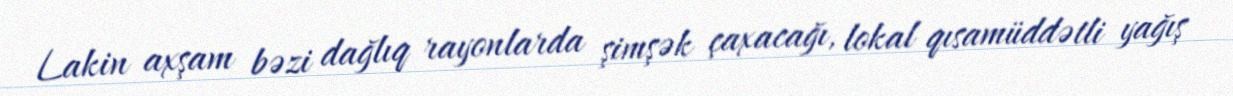
Lakin axşam bəzi dağlıq rayonlarda şimşək çaxacağı, lokal qısamüddətli yağış